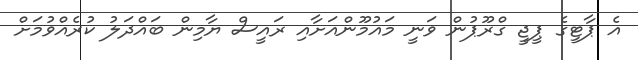
އެ ޕާޓީގެ ޕީޖީ ގްރޫޕުން ވަނީ މައުމޫންއަށާއި ރައީސް ޔާމިން ބައްދަލު ކުރެއްވުމަށް